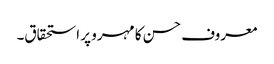
معروف حسن کا مہرو پر استحقاق۔